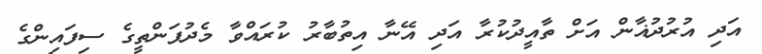
އަދި އުރުދުޣާން އަށް ތާއީދުކުރާ އަދި އޭނާ އިތުބާރު ކުރައްވާ މެދުފަންތީގެ ސިފައިންގެ